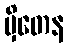
မှိတေန